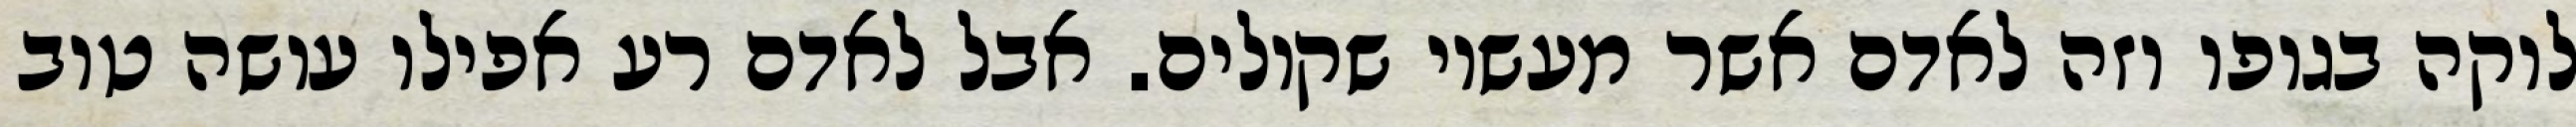
לוקה בגופו וזה לאדם אשר מעשיו שקולים. אבל לאדם רע אפילו עושה טוב